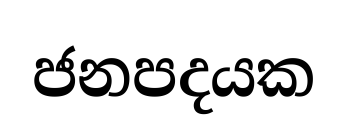
ජනපදයක